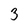
Character: 3